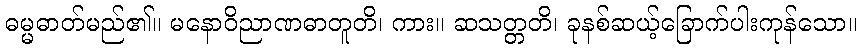
ဓမ္မဓာတ်မည်၏။ မနောဝိညာဏဓာတူတိ၊ ကား။ ဆသတ္တတိ၊ ခုနစ်ဆယ့်ခြောက်ပါးကုန်သော။